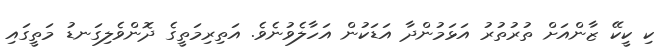
ކި ކީކޭ ޒާންއަށް ތުރުތުރު އަޅަމުންދާ އަޑަކުން އަހާލެވުނެވެ. އަތިރިމަތީގެ ދޮންވެލިގަނޑު މަތީގައި